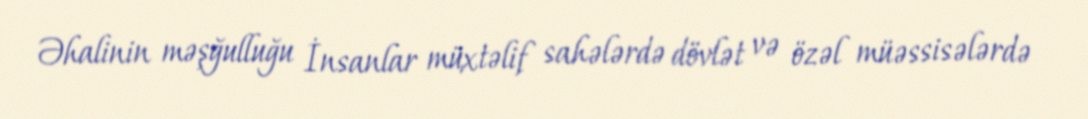
Əhalinin məşğulluğu İnsanlar müxtəlif sahələrdə dövlət və özəl müəssisələrdə